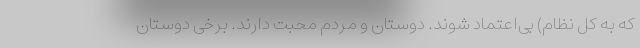
که به کل نظام) بی‌اعتماد شوند. دوستان و مردم محبت دارند. برخی دوستان